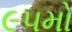
૯૫મો